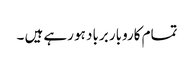
تمام کاروبار برباد ہو رہے ہیں ۔